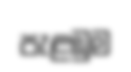
පැළඹුම